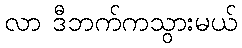
လာ ဒီဘက်ကသွားမယ်